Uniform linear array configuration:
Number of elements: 16
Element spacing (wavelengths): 0.5
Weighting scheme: blackman
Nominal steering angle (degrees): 60
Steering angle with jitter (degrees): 61.089
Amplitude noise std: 0.05
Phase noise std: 0.05

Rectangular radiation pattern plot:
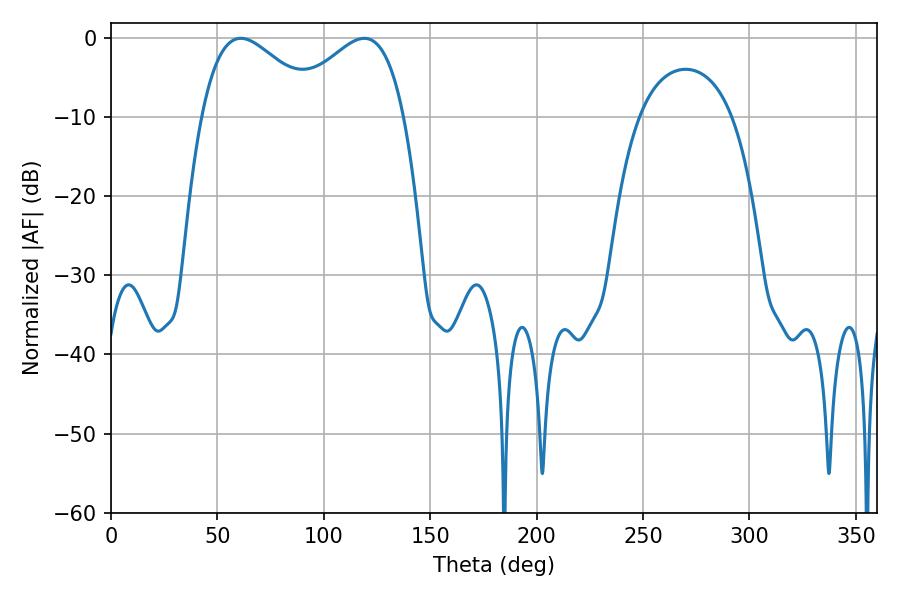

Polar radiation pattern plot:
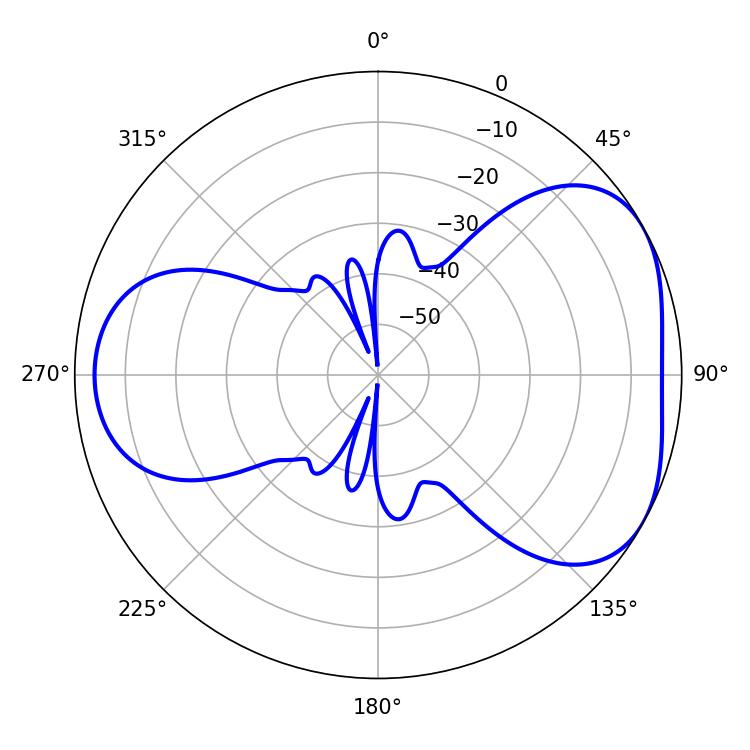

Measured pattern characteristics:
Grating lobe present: FALSE
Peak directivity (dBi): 4.43
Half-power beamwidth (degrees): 30.06
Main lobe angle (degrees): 61.02